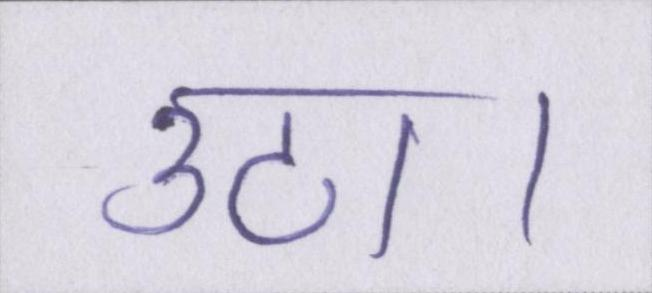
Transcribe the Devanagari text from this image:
उठा।